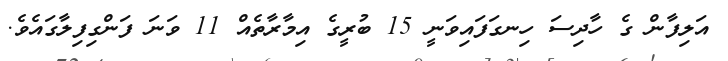
އަލިފާން ގެ ހާދިސަ ހިނގަފައިވަނީ 15 ބުރީގެ އިމާރާތެއް 11 ވަނަ ފަންގިފިލާގައެވެ.